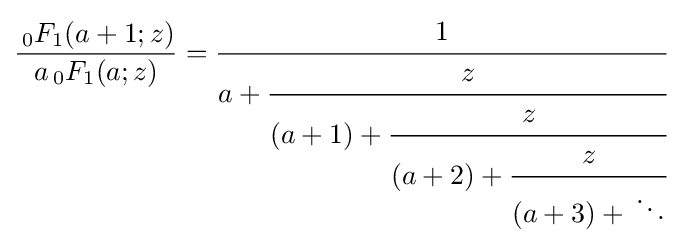
{\frac {\,_{0}F_{1}(a+1;z)}{a\,_{0}F_{1}(a;z)}}={\cfrac {1}{a+{\cfrac {z}{(a+1)+{\cfrac {z}{(a+2)+{\cfrac {z}{(a+3)+{}\ddots }}}}}}}}